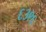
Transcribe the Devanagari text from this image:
६३९६